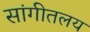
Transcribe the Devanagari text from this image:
सांगीतलय